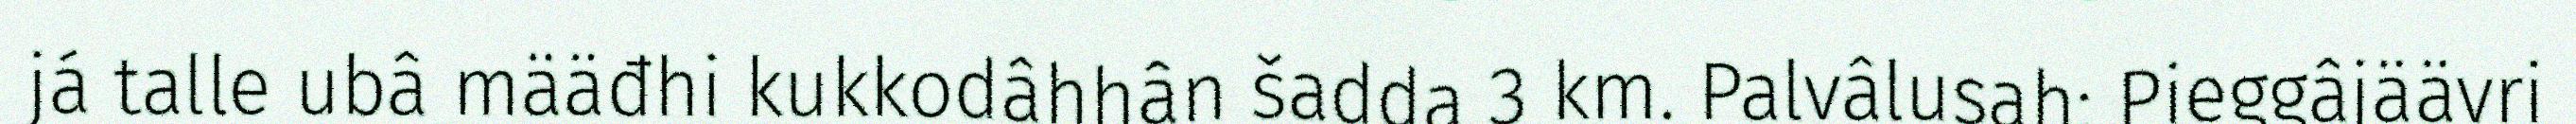
já talle ubâ määđhi kukkodâhhân šadda 3 km. Palvâlusah: Pieggâjäävri